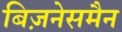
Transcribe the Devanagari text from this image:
बिज़नेसमैन